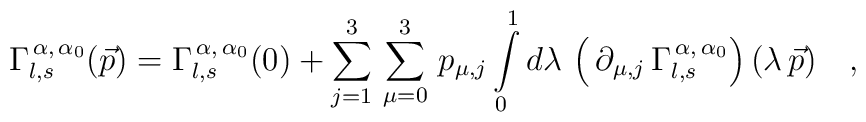
\Gamma_{l,s}^{\,\alpha,\,\alpha_{0}}(\vec p)=\Gamma_{l,s}^{\,\alpha,\,\alpha_{0}}(0)+\sum_{j=1}^{3}\,\sum_{\mu=0}^{3}\,p_{\mu,j}\int\limits_{0}^{1}d\lambda\,\left(\,\partial_{\mu,j}\,\Gamma_{l,s}^{\,\alpha,\,\alpha_{0}}\right)(\lambda\,\vec p)\quad,